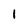
Character: l